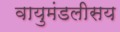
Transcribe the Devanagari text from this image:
वायुमंडलीसय